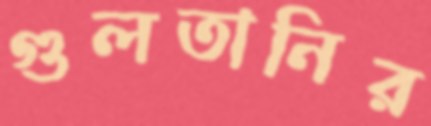
গুলতানির